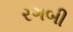
રગબી